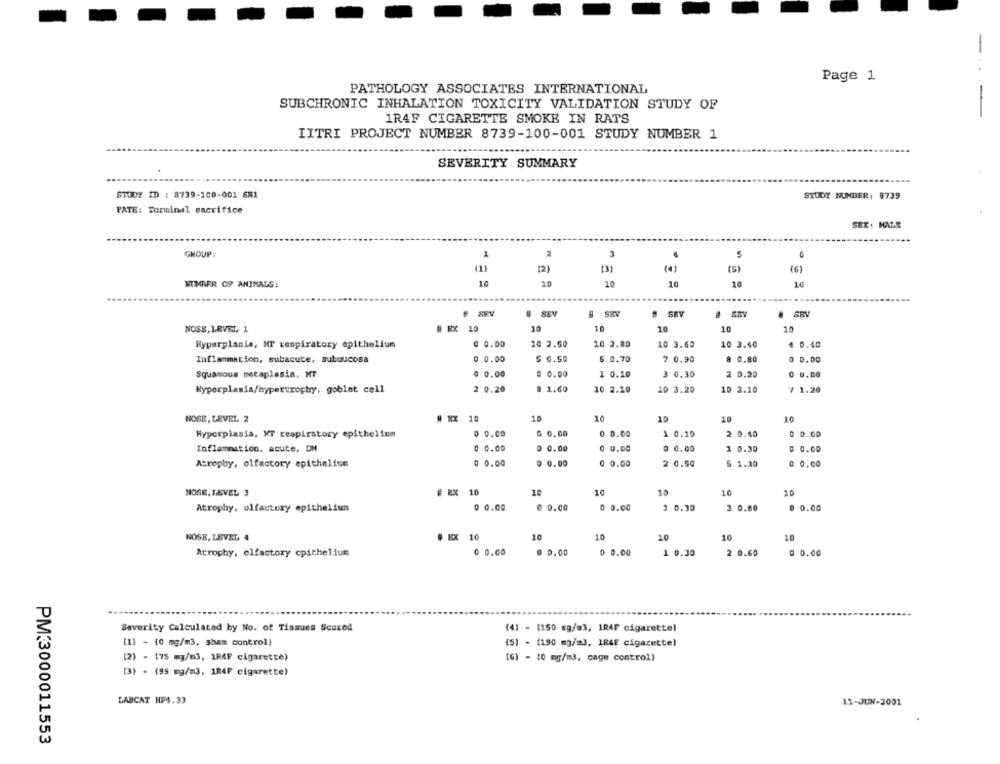
-
Page 1
PATHOLOGY ASSOCIATES INTERNATIONAL
SUBCHRONIC INHALATION TOXICITY VALIDATION STUDY OF
-
1R4F CIGARETTE SMOKE IN RATS
IITRI PROJECT NUMBER 8739-100-001 STUDY NUMBER 1
SEVERITY SUMMARY
STUDY ID : 3739-100-001 681
STUDY NUMBER: 8739
PATE: Terminal sacrifice
SEX: MALS
1
2
3
5
6
GROUP:
411
(5)
[2]
(3)
(4)
(6)
10
10
10
10
10
NUMAFR OP ANIMALS:
# SEV
# SRV
# SEV
SRV
NOSE, LEVEL 1
# EX 10
10
10
10
10
10
Hyperplasia, MT respiratory epithelium
0 0.00
10 2.50
10 2.80
10 3.60
10 3.40
4 0.40
Inflammation, subacute, submucosa
@ 0.00
5 0.50
5 0.70
7 0.90
a 0.80
0 0.00
Squamous metaplasia, Mr
@ 0.00
@ 0.00
1 0.10
3 0.30
2 0.20
0 0.00
Hyperplasia/hypertrophy, goblet cell
2 0.20
0 1.60
10 2.20
10 3.20
10 2.10
7 1.20
NOSE, LEVEL 2
# RX 10
10
10
10
10
10
Hyperplasia, KT respiratory epithelium
0 0.00
0 0.00
0 0.00
1 0.10
2 0.40
0 0.00
Inflammation, acute, DM
0 0.00
0 0.00
0 0.00
@ 0.00
1 0.30
0 0.00
Atrophy, olfactory epithelium
0 0.00
9 0.00
0 0.00
2 0.50
5 1.30
@ 0.00
NOSE, LEVEL 3
# EX
< 10
10
10
10
20
Atrophy. olfactory epithelium
0 0.00
0 0.00
0 0.00
1 0.30
3 0.80
0 0.00
10
10
10
10
10
NOSE, LEVEL 4
# EX 10
Atrophy, olfactory cpitheliun
0 0.00
@ 0.00
0 0.00
1 0.30
2 0.60
@ 0.00
---
Severity Calculated by No. of Tissues Scored
(4) - (150 xg/m3, 1R4F cigarettel
{1} - {0 mg/m3, sham control}
(5) - (190 mg/m3, IRAE cigarette)
(2) - (75 mg/m3, 1M4F cigarette)
[G] - [0 mg/m3, cage control)
[3) - (95 mg/m3, 1R4F cigarette)
LABCAT HP4.33
11-JUN-2001
PM:3000011553